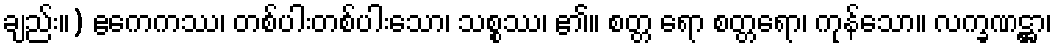
ချည်း။) ဧကေကဿ၊ တစ်ပါးတစ်ပါးသော၊ သစ္စဿ၊ ၏။ စတ္တ ရော စတ္တရော၊ ကုန်သော။ လက္ခဏဋ္ဌာ၊